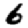
Digit: 6